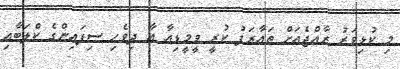
މި ކުޅިވަރު ރާއްޖެއަށް ތައާރަފު ކުރީ ވީމީޑިއާ އާ ދިވެހި ސިފައިންގެ ކްލަބާއި